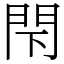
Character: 閇